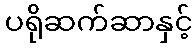
ပရိုဆက်ဆာနှင့်